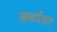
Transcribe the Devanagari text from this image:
जबर्दश्त